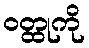
ဝတ္ထုကို